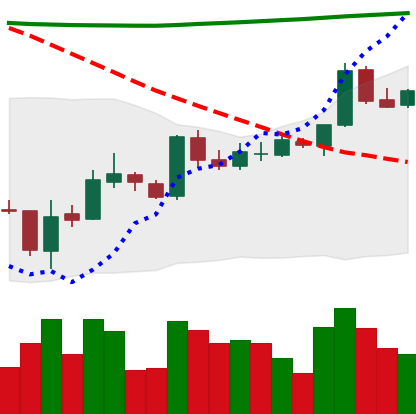
Ticker: BTC-USD
Chart end date: 2015-10-09
Forward return: 3.303%
Label: up_3_5